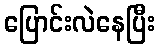
ပြောင်းလဲနေပြီး